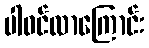
ပါဝင်လာကြောင်း